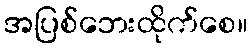
အပြစ်ဘေးထိုက်စေ။